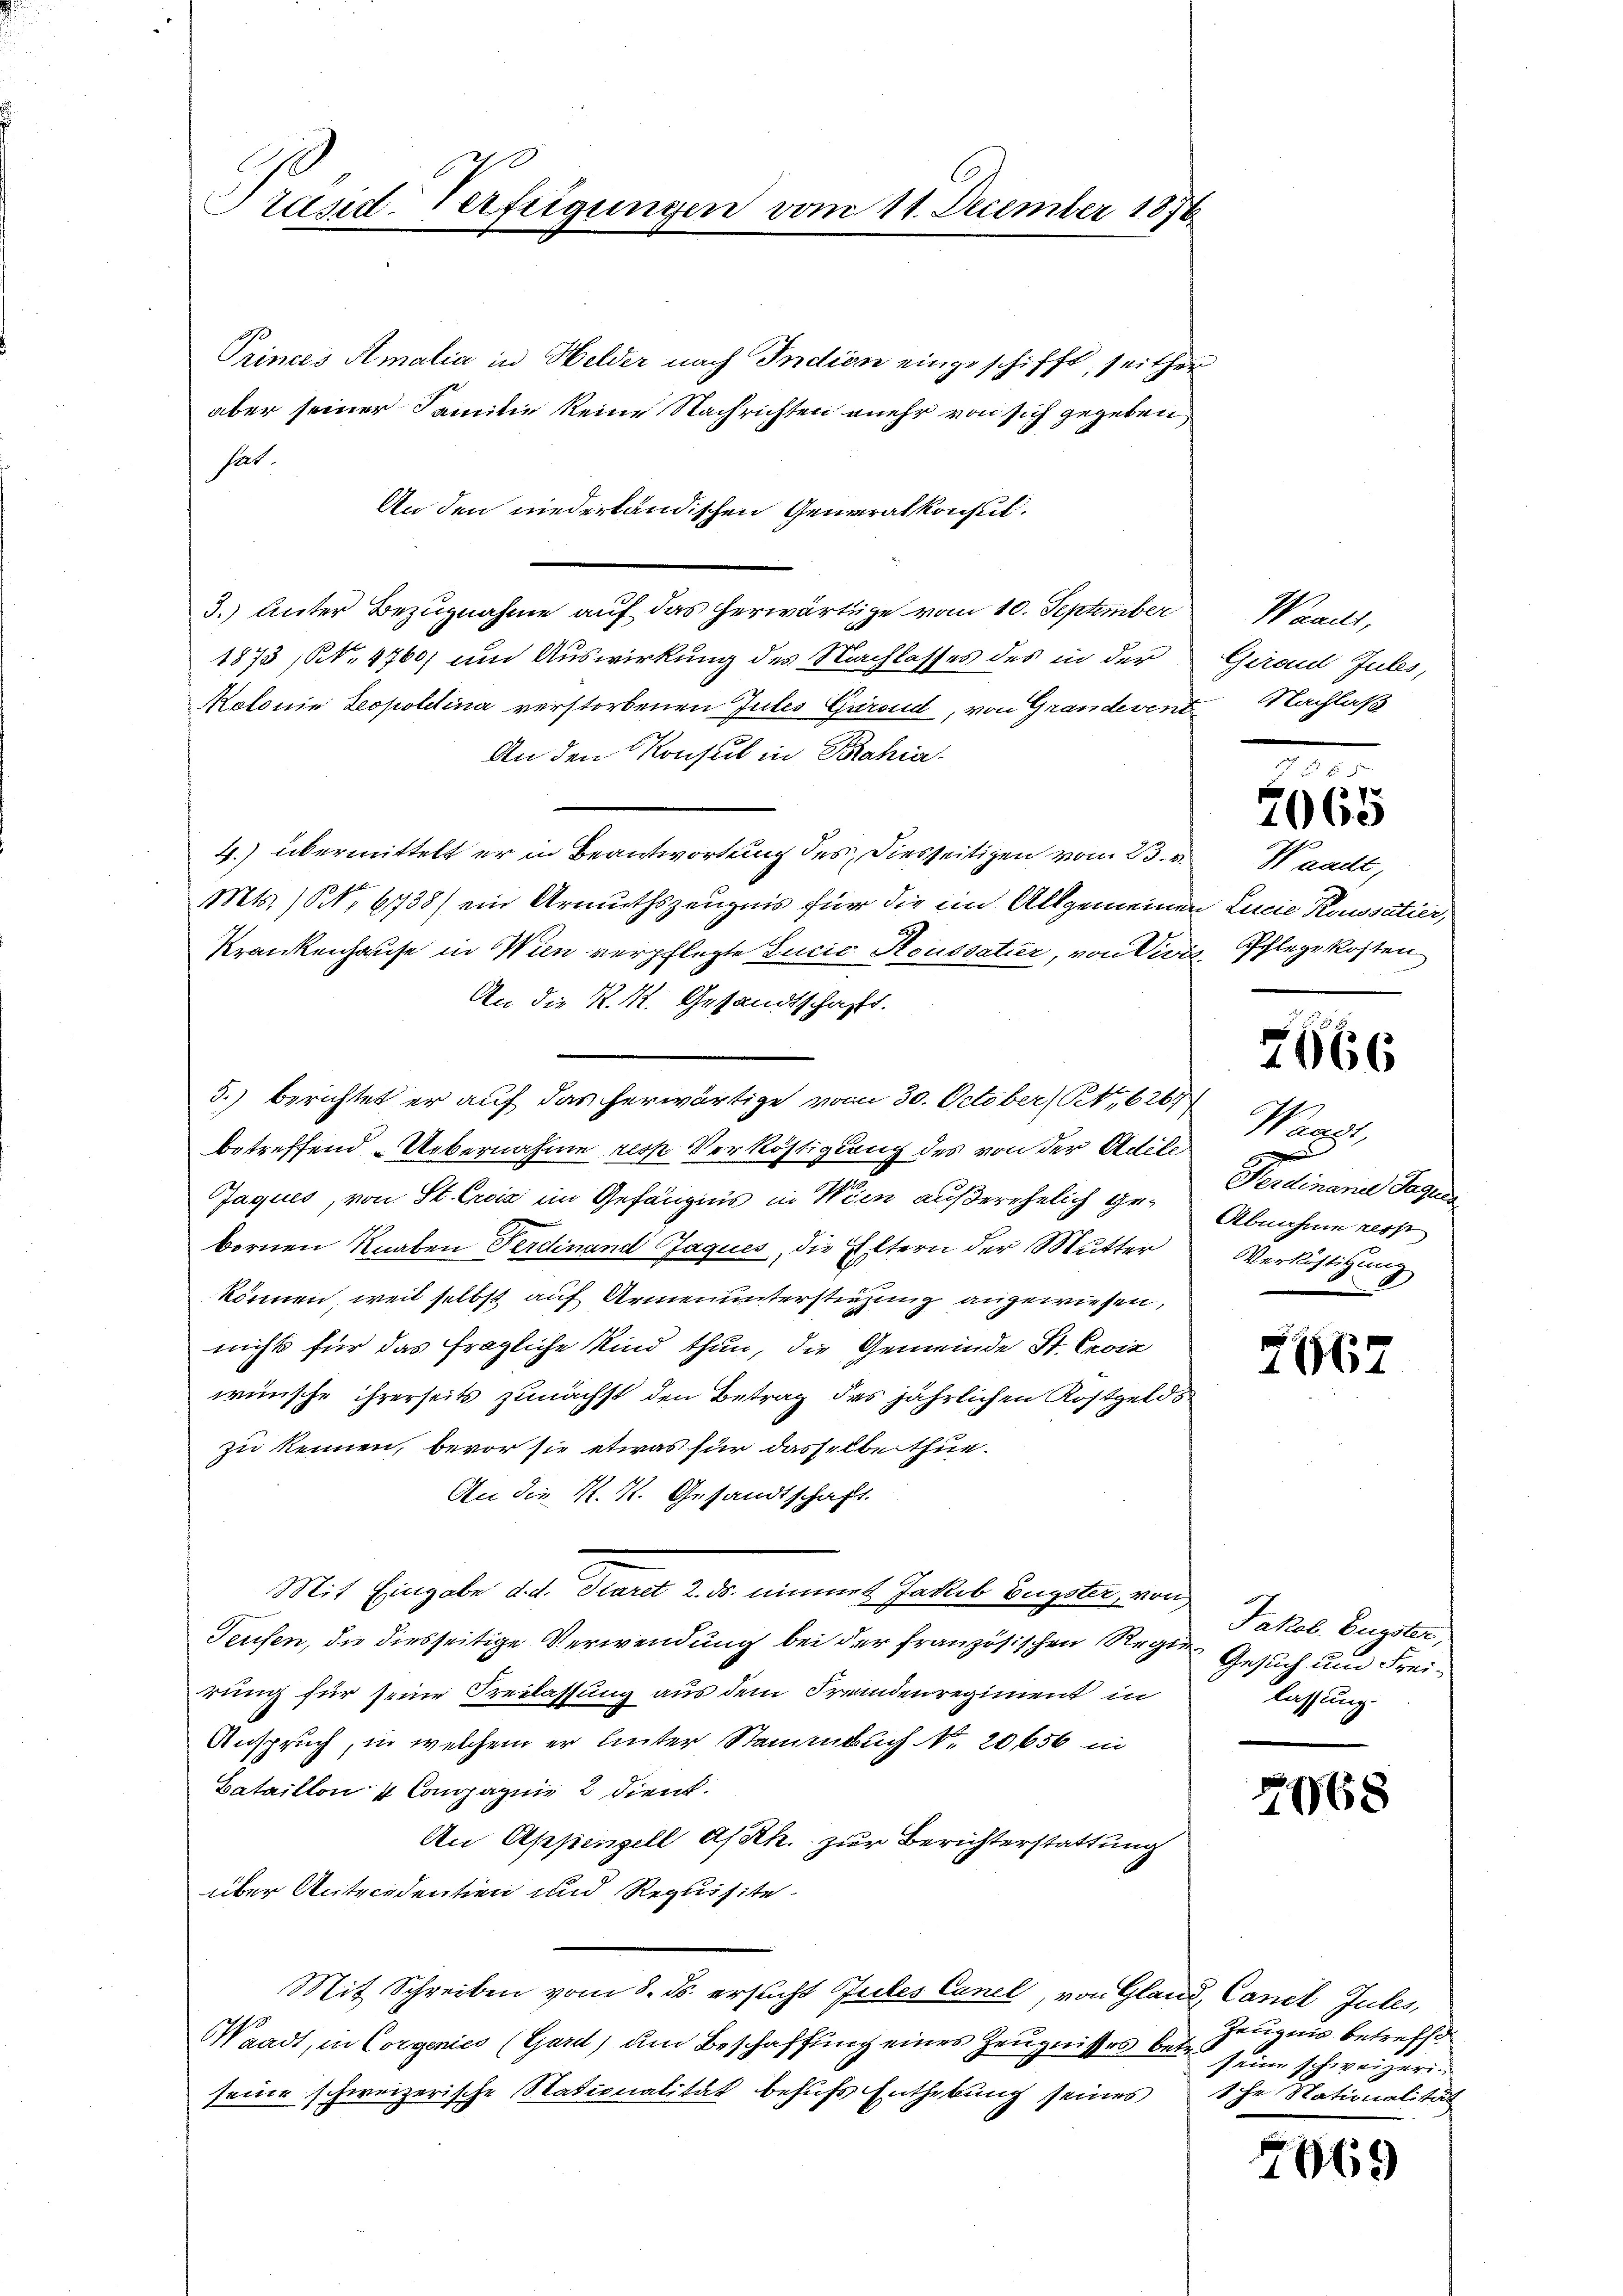
Präsid. Verfügungen vom 11. December 1876

Princes Amalia in Helder nach Indien eingeschifft, seither
aber seiner Familie keine Nachrichten mehr von sich gegeben,
hat.
An den niederländischen Generalkonsul.
3.) Unter Bezugnahme auf das herwärtige vom 10. September Waadt,
1873 N. 4760) und Auswirkung des Nachlasses des in der Gerad Jules,
Kolonie Leopoldina verstorbenen Jules Garand, von Grandevent Nachlaß
An den Konsul in Bahia¬
4.) übermittelt er in Beantwortung des Diesseitigen vom 23. v. Waadt,
Mts. ) NNo. 6738) ein Armuthszeugnis für die in Allgemeinen Lucie Roussatier,
Krankenhause in Wien verpflegte Lucia Koussatier, von Divis, Pflege kosten
An die K. K. Gesandtschaft.
3.) berichtet er auf das herwärtige vom 30. October (Ot,626
betreffend Uebernahme resp. Verköstigung des von der Adile
Jaques, von St. Crois im Gefängnis in Wien außerehelich ge¬ Abnahme res
bornen Knaben Ferdinand Jaques, die Eltern der Mutter
können, weil selbst auf Armenunterstiegung angewiesen,
nicht für das fragliche Kind thun, die Gemeinde St. Gevie
wünsche ihrerseits zunächst den Betrag des jährlichen Rostgelds
zu kennen, bevor sie etwas für dasselbe thue.
An die K. K. Gesandtschaft.
Mit Eingabe d. d. Tiaret 2. ds. nimmel Jakob Eugster, von
Teusen, die diesseitige Verwendung bei der französischen Regien Gesuch und Freirung für seine Freilassung aus dem Fremdenregiment in
Anspruch, in welchem er hinter Stammbuch No. 20656 in
Bataillon 4 Compagnie 2 dient.
An Appenzell A/Rh. zur Berichterstattung
über Antecedentien und Requisite.
Mit Schreiben vom 8. ds. ersucht Jules Canel, von Gland, Cancl Jules,
Waadt, in Corgenies (Gard) um Beschaffung eines Zeugnisses betr.
seine schweizerische Stationalität behufs Enthebung seines sche Nationalität

372
2060

666

Wacht,
Ferdinand Tagen
Versichtigung

2667

Jakob. Eugster,
lassung.

2068

Zeugnis betreffe
seine schweizeri¬

669